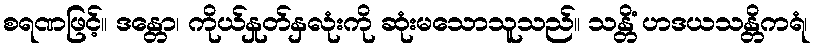
စရဏဖြင့်။ ဒန္တော၊ ကိုယ်နှုတ်နှလုံးကို ဆုံးမသောသူသည်။ သန္တိံ ဟဒယသန္တိကရံ၊